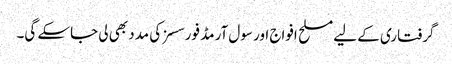
گرفتاری کے لیے مسلح افواج اور سول آرمڈ فورسسز کی مدد بھی لی جاسکے گی۔